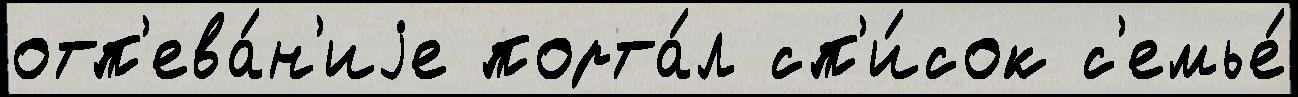
отп'ева́н'иjе порта́л сп'и́сок с'емье́